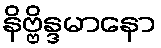
နိဗ္ဗိန္ဒမာနော